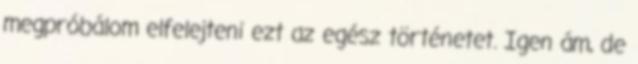
megpróbálom elfelejteni ezt az egész történetet. Igen ám, de